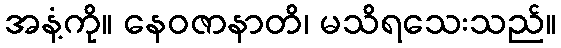
အနံ့ကို။ နေဝဇာနာတိ၊ မသိရသေးသည်။